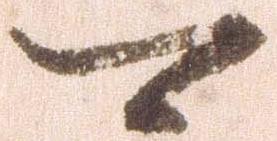
可